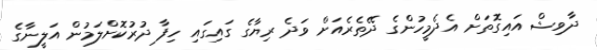
ދާވިޝް އައިގޮތަށް އެދެމީހުންގެ ދޭތެރެއަށް ވަދެ ރިޔާގެ ގައިގައި ހިފާ ދުރުކޮށްލަމުން އަލީނާގެ